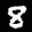
Label: 8